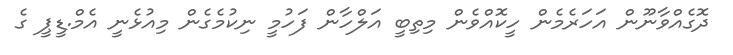
ދޮގެއްވާނޫން އަހަރެމެން ހީކޮއްވެން މިތިބީ އަލްހާން ފަހުމީ ނިކުމެގެން މިއުޅެނީ އެމް.ޑީޕީ ގެ